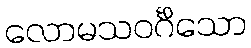
လောမသဝင်္ဂိသော